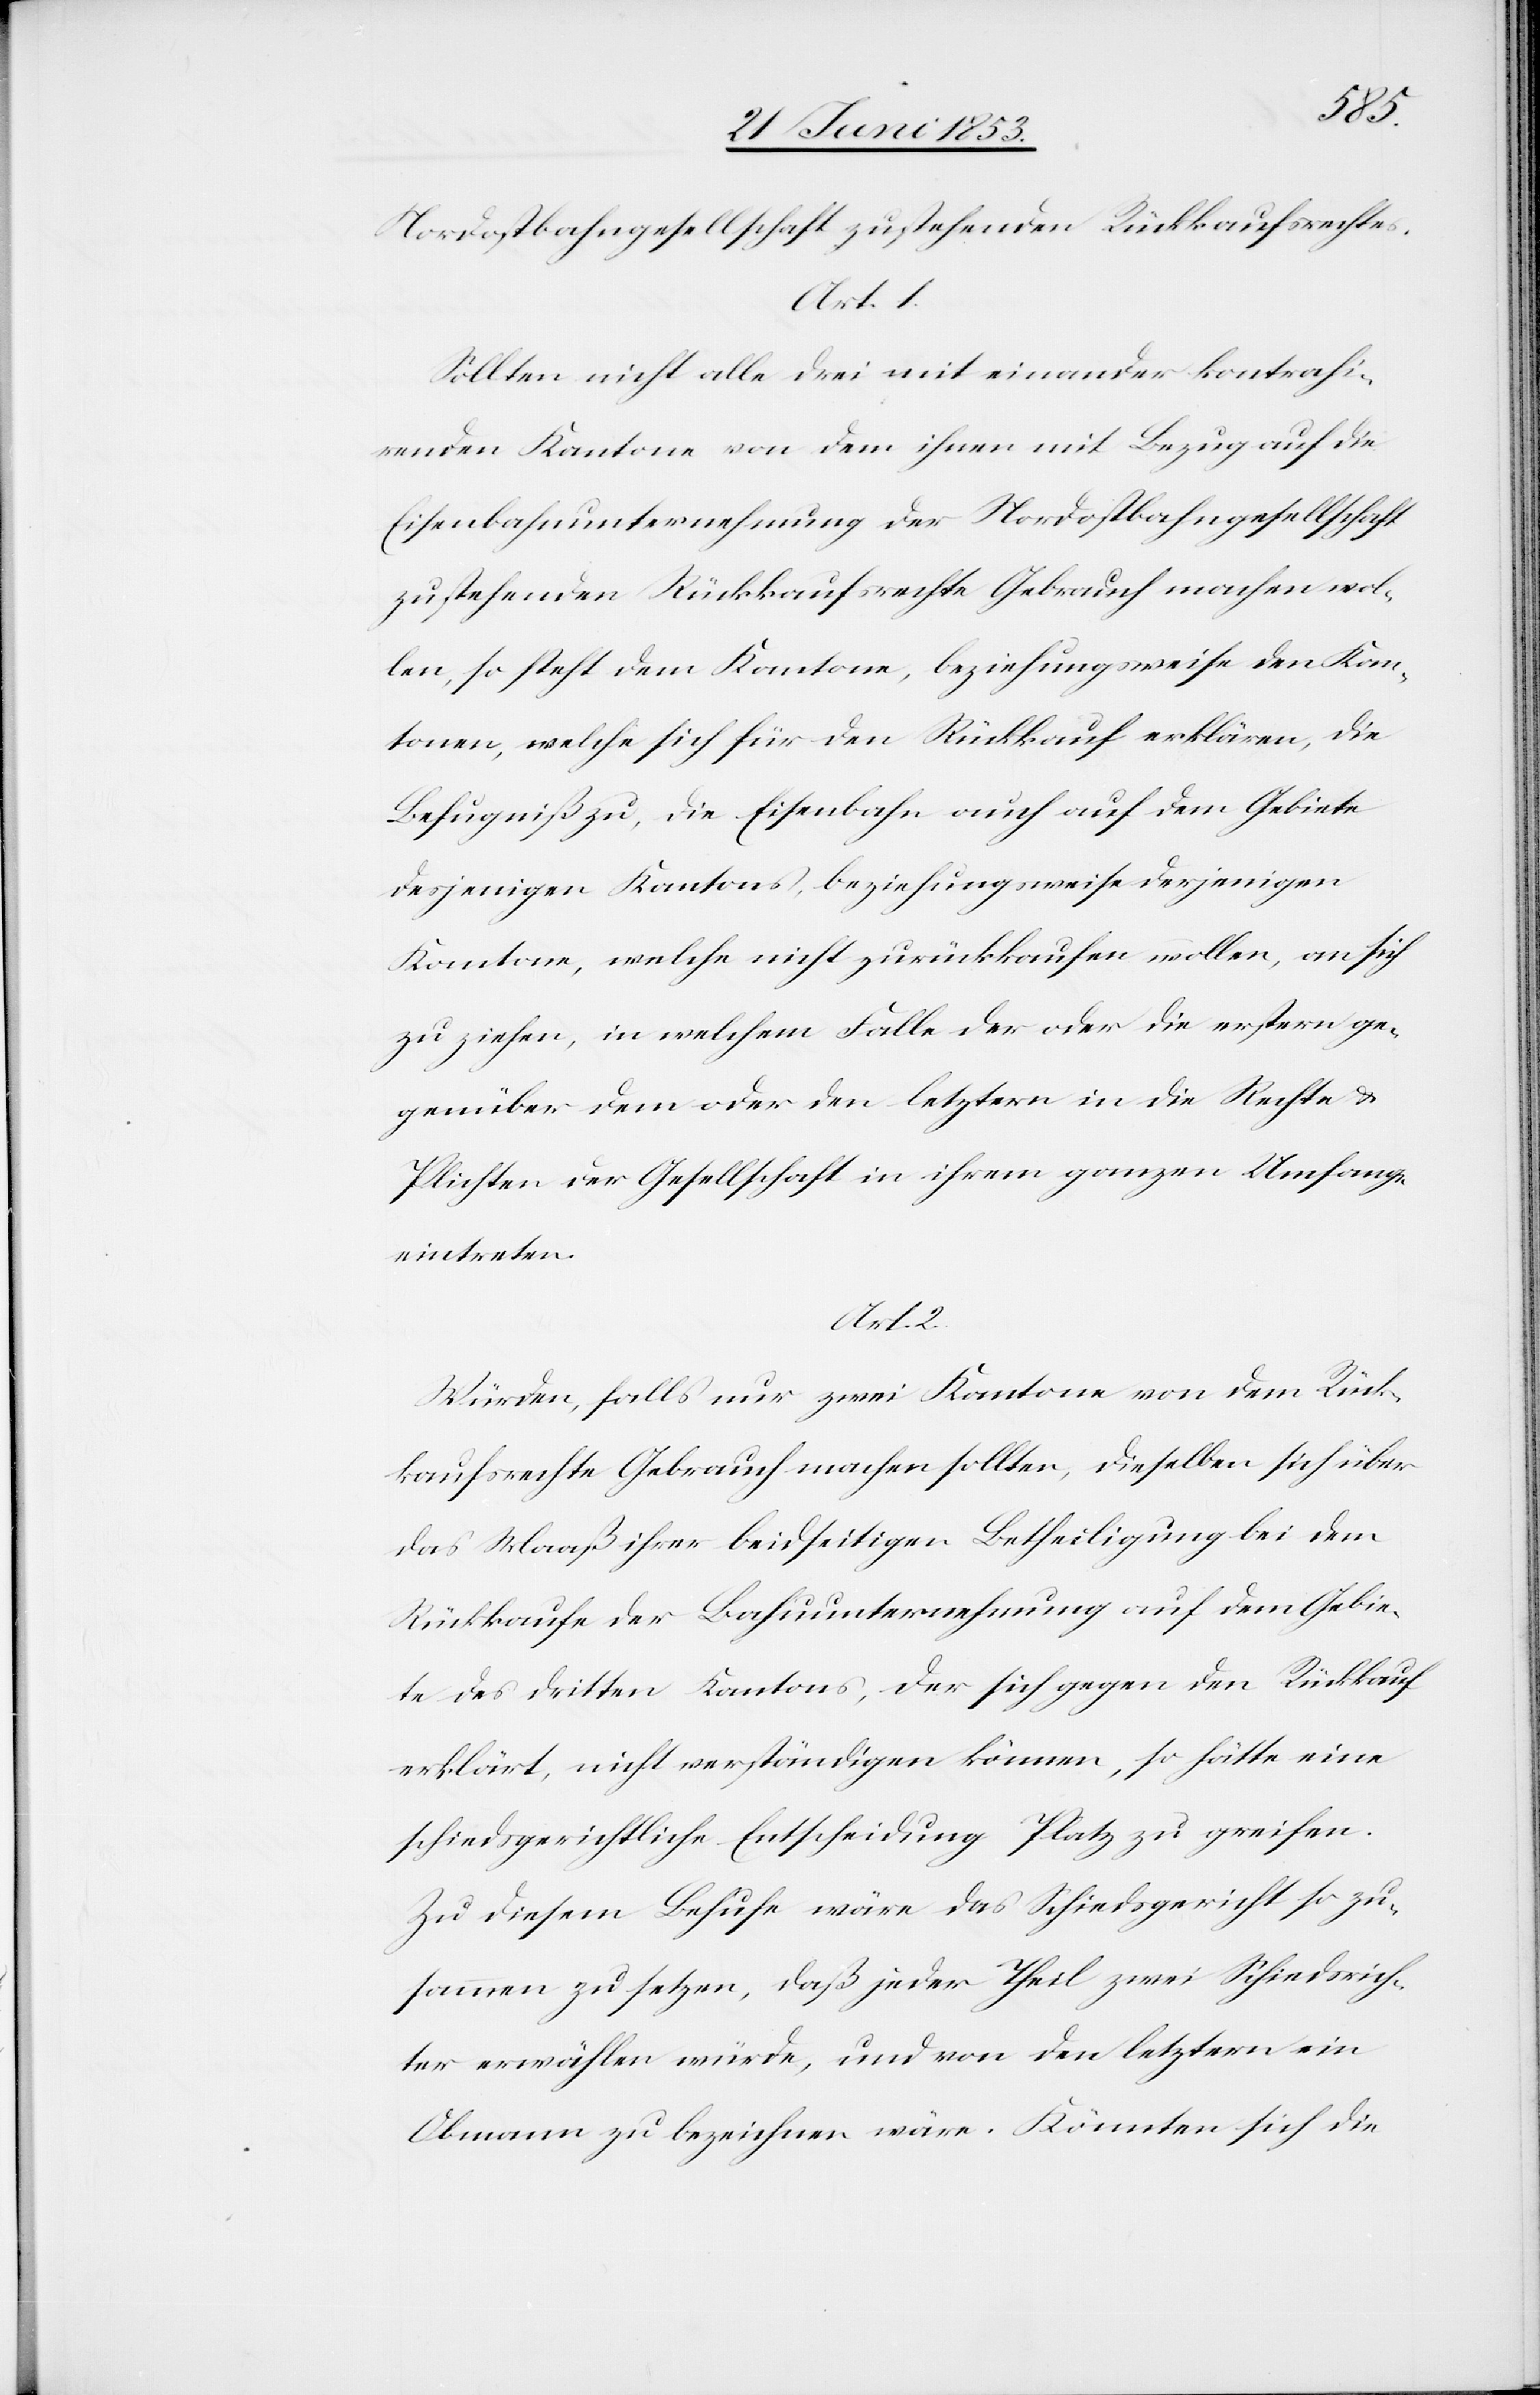
Nordbahngesellschaft zustehenden Rückkaufsrechtes.
Art. 1.
Sollten nicht alle drei miteinander kontrahi¬
renden Kantone von dem ihnen mit Bezug auf die
Eisenbahnunternehmung der Nordostbahngesellschaft
zustehenden Rückkaufsrechte Gebrauch machen wol¬
len, so steht dem Kantone, beziehungsweise den Kan¬
tonen, welche sich für den Rückkauf erklären, die
Befugniß zu, die Eisenbahn auch auf dem Gebiete
desjenigen Kantons beziehungsweise derjenigen
Kantone, welche nicht zurückkaufen wollen, an sich
zu ziehen, in welchem Falle der oder die erstern ge¬
genüber dem oder den letztern an die Rechte u.
Pflichten der Gesellschaft in ihrem ganzen Umfange
eintreten.
Art. 2.
Würden, falls nur zwei Kantone von dem Rück¬
kaufsrechte Gebrauch machen sollten, dieselben sich über
das Maaß ihrer beidseitigen Betheiligung bei dem
Rückkaufe der Bahnunternehmung auf dem Gebie¬
te des dritten Kantons, der sich gegen den Rückkauf
erklärt, nicht verständigen können, so hätte eine
schiedsgerichtliche Entscheidung Platz zu greifen.
Zu diesem Behufe wäre das Schiedsgericht so zu¬
sammen zu setzen, daß jeder Theil zwei Schiedsrich¬
ter wählen würde, und von den letztern ein
Obmann zu bezeichnen wäre. Könnten sich die